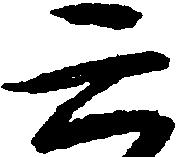
六